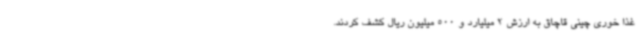
غذا خوری چینی قاچاق به ارزش 2 میلیارد و 500 میلیون ریال کشف کردند.